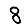
Digit: 8